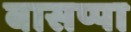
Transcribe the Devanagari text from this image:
बासप्पा